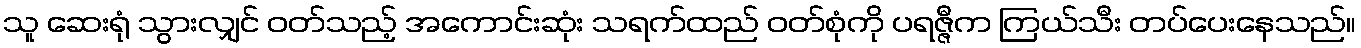
သူ ဆေးရုံ သွားလျှင် ဝတ်သည့် အကောင်းဆုံး သရက်ထည် ဝတ်စုံကို ပရဇ္ဇီက ကြယ်သီး တပ်ပေးနေသည်။